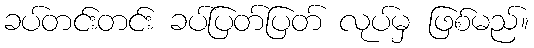
ခပ်တင်းတင်း ခပ်ပြတ်ပြတ် လုပ်မှ ဖြစ်မည်။